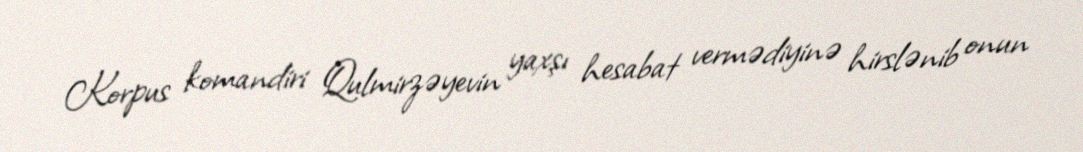
Korpus komandiri Qulmirzəyevin yaxşı hesabat vermədiyinə hirslənib onun